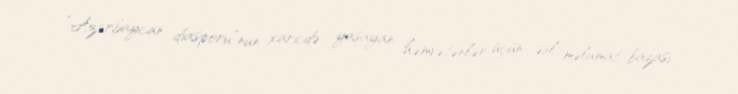
“Azərbaycan diasporu”nun xaricdə yaşayan həmvətənlər üçün əsl məlumat bazası